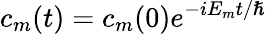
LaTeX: c_{m}(t)=c_{m}(0)e^{-iE_{m}t/\hslash}